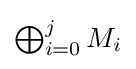
{\textstyle \bigoplus _{i=0}^{j}M_{i}}